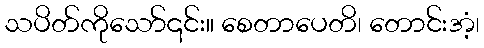
သပိတ်ကိုသော်၎င်း။ စေတာပေတိ၊ တောင်းအံ့၊